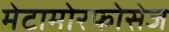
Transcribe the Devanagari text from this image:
मेटामोरफोसेज